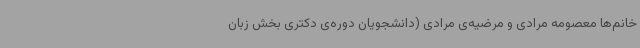
خانم‌ها معصومه مرادی و مرضیه‌ی مرادی (دانشجویان دوره‌ی دکتری بخش زبان